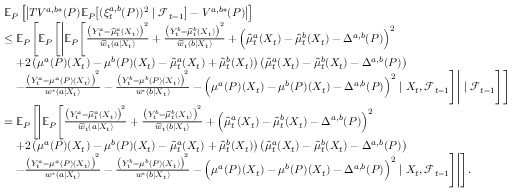
\begin{array} { r l } & { \mathbb { E } _ { P } \left[ \big | T V ^ { a , b * } ( P ) \mathbb { E } _ { P } \big [ ( \xi _ { t } ^ { a , b } ( P ) ) ^ { 2 } \mid \mathcal { F } _ { t - 1 } \big ] - V ^ { a , b * } ( P ) \big | \right] } \\ & { \leq \mathbb { E } _ { P } \Bigg [ \mathbb { E } _ { P } \Bigg [ \Bigg | \mathbb { E } _ { P } \Bigg [ \frac { \big ( Y _ { t } ^ { a } - \widehat { \mu } _ { t } ^ { a } ( X _ { t } ) \big ) ^ { 2 } } { \widehat { w } _ { t } ( a | X _ { t } ) } + \frac { \big ( Y _ { t } ^ { b } - \widehat { \mu } _ { t } ^ { b } ( X _ { t } ) \big ) ^ { 2 } } { \widehat { w } _ { t } ( b | X _ { t } ) } + \Big ( \widehat { \mu } _ { t } ^ { a } ( X _ { t } ) - \widehat { \mu } _ { t } ^ { b } ( X _ { t } ) - \Delta ^ { a , b } ( P ) \Big ) ^ { 2 } } \\ & { \ \ \ + 2 \left( \mu ^ { a } ( P ) ( X _ { t } ) - \mu ^ { b } ( P ) ( X _ { t } ) - \widehat { \mu } _ { t } ^ { a } ( X _ { t } ) + \widehat { \mu } _ { t } ^ { b } ( X _ { t } ) \right) \left( \widehat { \mu } _ { t } ^ { a } ( X _ { t } ) - \widehat { \mu } _ { t } ^ { b } ( X _ { t } ) - \Delta ^ { a , b } ( P ) \right) } \\ & { \ \ \ - \frac { \big ( Y _ { t } ^ { a } - \mu ^ { a } ( P ) ( X _ { t } ) \big ) ^ { 2 } } { w ^ { * } ( a | X _ { t } ) } - \frac { \big ( Y _ { t } ^ { b } - \mu ^ { b } ( P ) ( X _ { t } ) \big ) ^ { 2 } } { w ^ { * } ( b | X _ { t } ) } - \Big ( \mu ^ { a } ( P ) ( X _ { t } ) - \mu ^ { b } ( P ) ( X _ { t } ) - \Delta ^ { a , b } ( P ) \Big ) ^ { 2 } \mid X _ { t } , \mathcal { F } _ { t - 1 } \Bigg ] \Bigg | \mid \mathcal { F } _ { t - 1 } \Bigg ] \Bigg ] } \\ & { = \mathbb { E } _ { P } \Bigg [ \Bigg | \mathbb { E } _ { P } \Bigg [ \frac { \big ( Y _ { t } ^ { a } - \widehat { \mu } _ { t } ^ { a } ( X _ { t } ) \big ) ^ { 2 } } { \widehat { w } _ { t } ( a | X _ { t } ) } + \frac { \big ( Y _ { t } ^ { b } - \widehat { \mu } _ { t } ^ { b } ( X _ { t } ) \big ) ^ { 2 } } { \widehat { w } _ { t } ( b | X _ { t } ) } + \Big ( \widehat { \mu } _ { t } ^ { a } ( X _ { t } ) - \widehat { \mu } _ { t } ^ { b } ( X _ { t } ) - \Delta ^ { a , b } ( P ) \Big ) ^ { 2 } } \\ & { \ \ \ + 2 \left( \mu ^ { a } ( P ) ( X _ { t } ) - \mu ^ { b } ( P ) ( X _ { t } ) - \widehat { \mu } _ { t } ^ { a } ( X _ { t } ) + \widehat { \mu } _ { t } ^ { b } ( X _ { t } ) \right) \left( \widehat { \mu } _ { t } ^ { a } ( X _ { t } ) - \widehat { \mu } _ { t } ^ { b } ( X _ { t } ) - \Delta ^ { a , b } ( P ) \right) } \\ & { \ \ \ - \frac { \big ( Y _ { t } ^ { a } - \mu ^ { a } ( P ) ( X _ { t } ) \big ) ^ { 2 } } { w ^ { * } ( a | X _ { t } ) } - \frac { \big ( Y _ { t } ^ { b } - \mu ^ { b } ( P ) ( X _ { t } ) \big ) ^ { 2 } } { w ^ { * } ( b | X _ { t } ) } - \Big ( \mu ^ { a } ( P ) ( X _ { t } ) - \mu ^ { b } ( P ) ( X _ { t } ) - \Delta ^ { a , b } ( P ) \Big ) ^ { 2 } \mid X _ { t } , \mathcal { F } _ { t - 1 } \Bigg ] \Bigg | \Bigg ] . } \end{array}